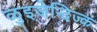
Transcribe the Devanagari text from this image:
ळुइजेन्दिज्क